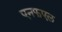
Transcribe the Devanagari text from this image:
एनफएल